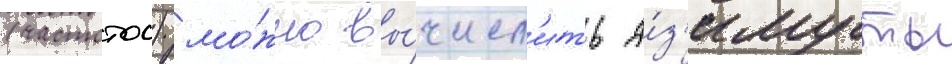
(частотои) мо́жно вы́числ'ить а́з'имуты